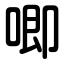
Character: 唧